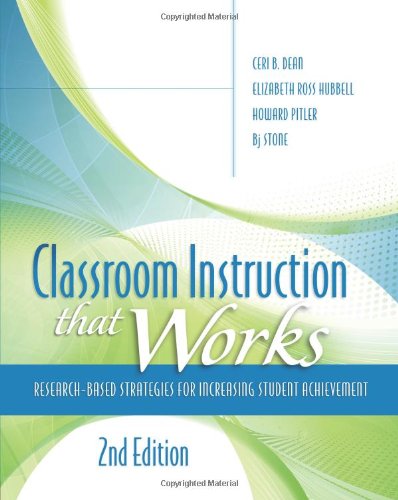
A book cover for Classroom Instruction That Works: Research-Based Strategies for Increasing Student Achievement, 2nd edition; Ceri B. Dean; Education & Teaching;